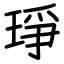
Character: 琤